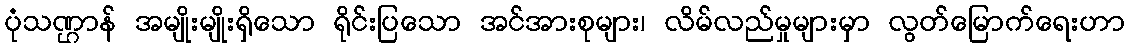
ပုံသဏ္ဌာန် အမျိုးမျိုးရှိသော ရိုင်းပြသော အင်အားစုများ၊ လိမ်လည်မှုများမှာ လွတ်မြောက်ရေးဟာ